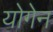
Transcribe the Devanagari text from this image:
योगेन